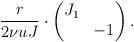
LaTeX: \begin{align*} \frac{r}{2 \nu u J} \cdot \begin{pmatrix} J_1 & \\ & -1 \end{pmatrix}.\end{align*}